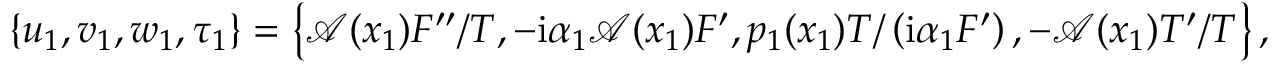
\left\lbrace u _ { 1 } , v _ { 1 } , w _ { 1 } , \tau _ { 1 } \right\rbrace = \left\lbrace \mathcal { A } ( x _ { 1 } ) F ^ { \prime \prime } / T , - \mathrm { i } \alpha _ { 1 } \mathcal { A } ( x _ { 1 } ) F ^ { \prime } , p _ { 1 } ( x _ { 1 } ) T / \left( \mathrm { i } \alpha _ { 1 } F ^ { \prime } \right) , - \mathcal { A } ( x _ { 1 } ) T ^ { \prime } / T \right\rbrace ,